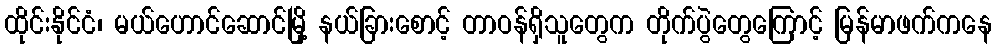
ထိုင်းနိုင်ငံ၊ မယ်ဟောင်ဆောင်မြို့ နယ်ခြားစောင့် တာဝန်ရှိသူတွေက တိုက်ပွဲတွေကြောင့် မြန်မာဖက်ကနေ